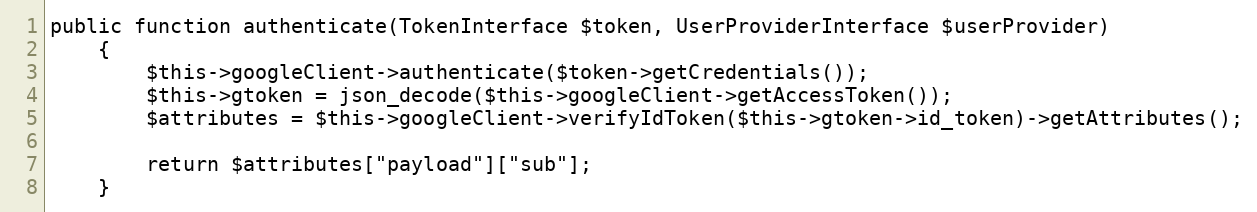
Language: PHP
public function authenticate(TokenInterface $token, UserProviderInterface $userProvider)
    {
        $this->googleClient->authenticate($token->getCredentials());
        $this->gtoken = json_decode($this->googleClient->getAccessToken());
        $attributes = $this->googleClient->verifyIdToken($this->gtoken->id_token)->getAttributes();

        return $attributes["payload"]["sub"];
    }